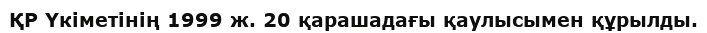
ҚР Үкіметінің 1999 ж. 20 қарашадағы қаулысымен құрылды.